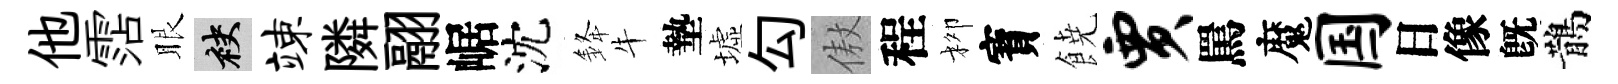
他霑眼袂竦隣翮崌沈𨦟牛墊墟勾傲程柳寳𩜙贾罵魔国日像旣鵲